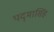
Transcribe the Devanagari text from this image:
पद्‌मासिंह